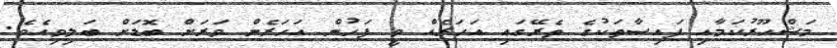
މަޝްހޫރުކަމާއި ފައިސާތަކުގެ ތެރޭގައި އަހަރެއް ވީ ފަހުން އަހަރެން ވަރަށް ބޮޑަށް ބަލިވިއެވެ.